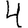
Digit: 4